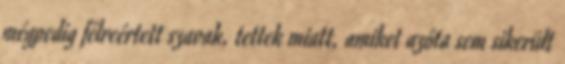
mégpedig félreértett szavak, tettek miatt, amiket azóta sem sikerült